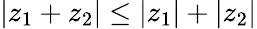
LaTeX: |z_{1}+z_{2}|\leq|z_{1}|+|z_{2}|